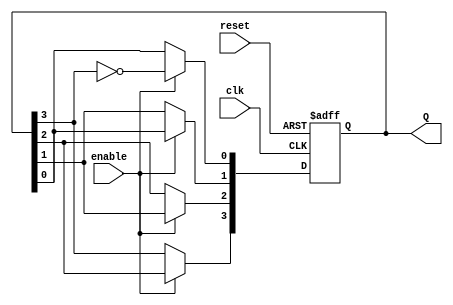
module johnson_counter (
    input wire clk,        // Clock input
    input wire reset,      // Asynchronous reset
    input wire enable,     // Enable signal
    output reg [3:0] Q     // 4-bit output representing the counter state
);

    // Always block triggered on the clock's rising edge
    always @(posedge clk or posedge reset) begin
        if (reset) begin
            // Reset the counter to 0000
            Q <= 4'b0000;
        end else if (enable) begin
            // Johnson counter logic
            Q[0] <= ~Q[3];  // Inverted output of the last flip-flop fed to the first
            Q[1] <= Q[0];   // Shift left
            Q[2] <= Q[1];   // Shift left
            Q[3] <= Q[2];   // Shift left
        end
    end

endmodule